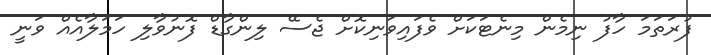
ފުރަތަމަ ހާފު ނިމެން މިނެޓަކަށް ވެފައިވަނިކޮށް ޖެސޭ ލިންގާޑް ފޮނުވާލި ހަމަލާއެއް ވަނީ